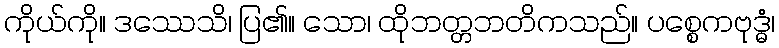
ကိုယ်ကို။ ဒဿေသိ၊ ပြ၏။ သော၊ ထိုဘတ္တဘတိကသည်။ ပစ္စေကဗုဒ္ဓံ၊